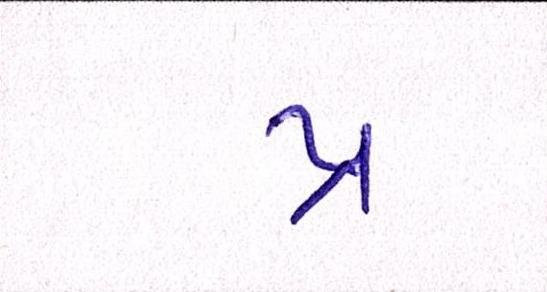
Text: પ્ર